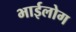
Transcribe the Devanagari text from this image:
भाईलोग